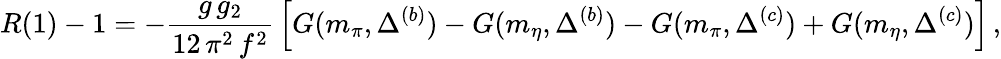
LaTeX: R(1)-1=-\frac{g\, g_{2}}{12\, \pi^{2}\, f^{2}}\, \Big[G(m_{\pi},\Delta^{(b)})-G(m_{\eta},\Delta^{(b)})-G(m_{\pi},\Delta^{(c)})+G(m_{\eta},\Delta^{(c)})\Big]\, ,